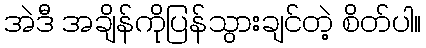
အဲဒီ အချိန်ကိုပြန်သွားချင်တဲ့ စိတ်ပါ။